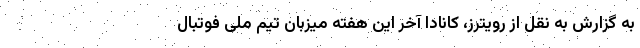
به گزارش به نقل از رویترز، کانادا آخر این هفته میزبان تیم ملی فوتبال